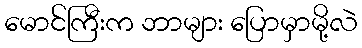
မောင်ကြီးက ဘာများ ပြောမှာမို့လဲ